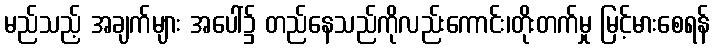
မည်သည့် အချက်များ အပေါ်၌ တည်နေသည်ကိုလည်းကောင်း၊တိုးတက်မှု မြင့်မားစေရန်